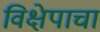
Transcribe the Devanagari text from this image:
विक्षेपाचा